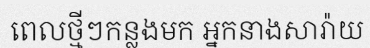
ពេលថ្មីៗកន្លងមក អ្នកនាងសារ៉ាយ